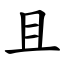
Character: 且